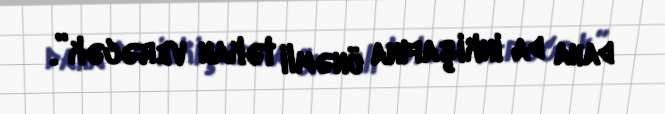
daha da inkişafına önəmli təkan verəcək”.